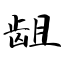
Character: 龃